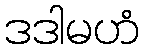
ဒဒါမဟံ